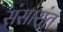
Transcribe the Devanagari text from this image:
संसारांत